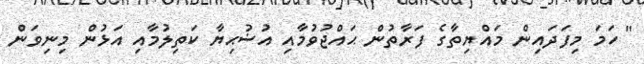
'' ހަމަ މިފަދައިން މައްޔިތާގެ ފަރާތުން ޙައްޖުވުމާއި އުޟުޙިޔާ ކަތިލުމާއި އަޅުން މިނިވަން